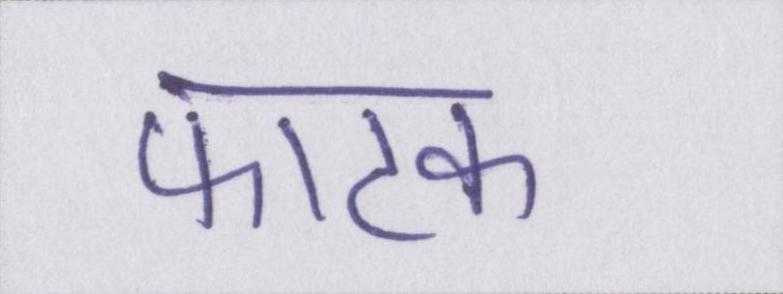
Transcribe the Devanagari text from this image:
फाटक